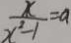
\frac { x } { x ^ { 2 } - 1 } = a